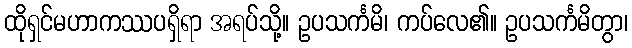
ထိုရှင်မဟာကဿပရှိရာ အရပ်သို့။ ဥပသင်္ကမိ၊ ကပ်လေ၏။ ဥပသင်္ကမိတွာ၊